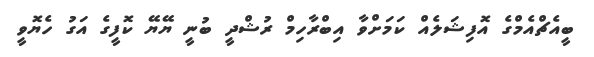
ބީއެޗްއެމްގެ އޮފިޝަލެއް ކަމަށްވާ އިބްރާހިމް ރުޝްދީ ބުނީ ޔޭޔޭ ކޮފީގެ އަގު ހެޔޮވީ